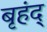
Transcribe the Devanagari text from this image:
बृहंद्